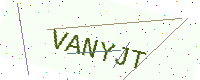
Text: VANYJT